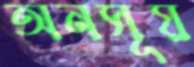
অনসূয়